Civil Veterinary Dept. North-West Frontier Province 1933-46 - 1933-1946
Year: 1933
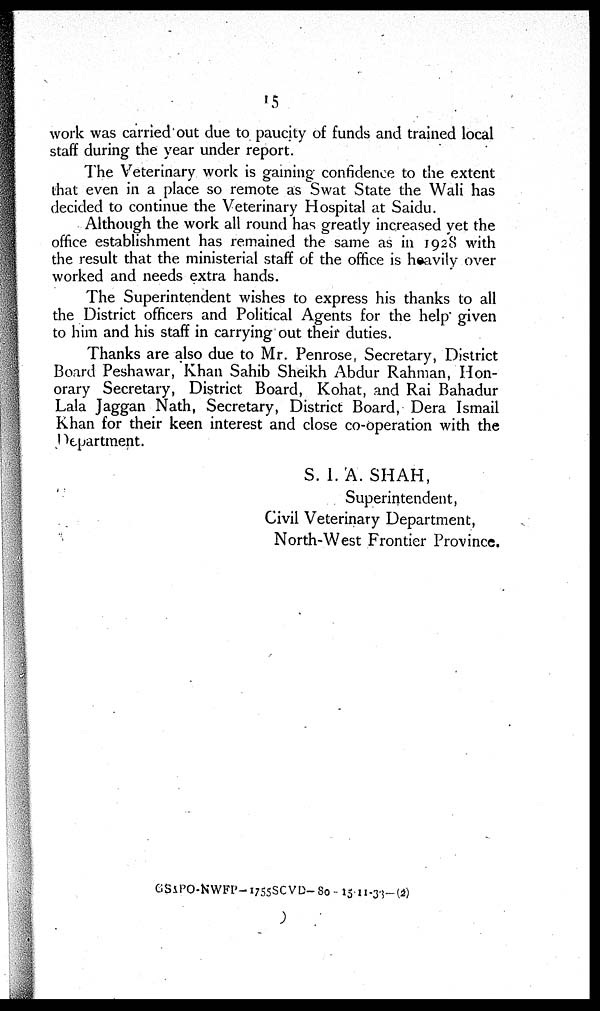
15
work was carried out due to paucity of funds and trained local
staff during the year under report.
The Veterinary work is gaining confidence to the extent
that even in a place so remote as Swat State the Wali has
decided to continue the Veterinary Hospital at Saidu.
Although the work all round has greatly increased yet the
office establishment has remained the same as in 1928 with
the result that the ministerial staff of the office is heavily over
worked and needs extra hands.
The Superintendent wishes to express his thanks to all
the District officers and Political Agents for the help given
to him and his staff in carrying out their duties.
Thanks are also due to Mr. Penrose Secretary, District
Board Peshawar, Khan Sahib Sheikh Abdur Rahman, Hon-
orary Secretary, District Board, Kohat, and Rai Bahadur
Lala Jaggan Nath, Secretary, District Board, Dera Ismail
Khan for their keen interest and close co-operation with the
Department.
S. I. A. SHAH,
Superintendent,
Civil Veterinary Department,
North-West Frontier Province.
GS&PO-NWFP-1755SCVD-80-15-11-33-(2)